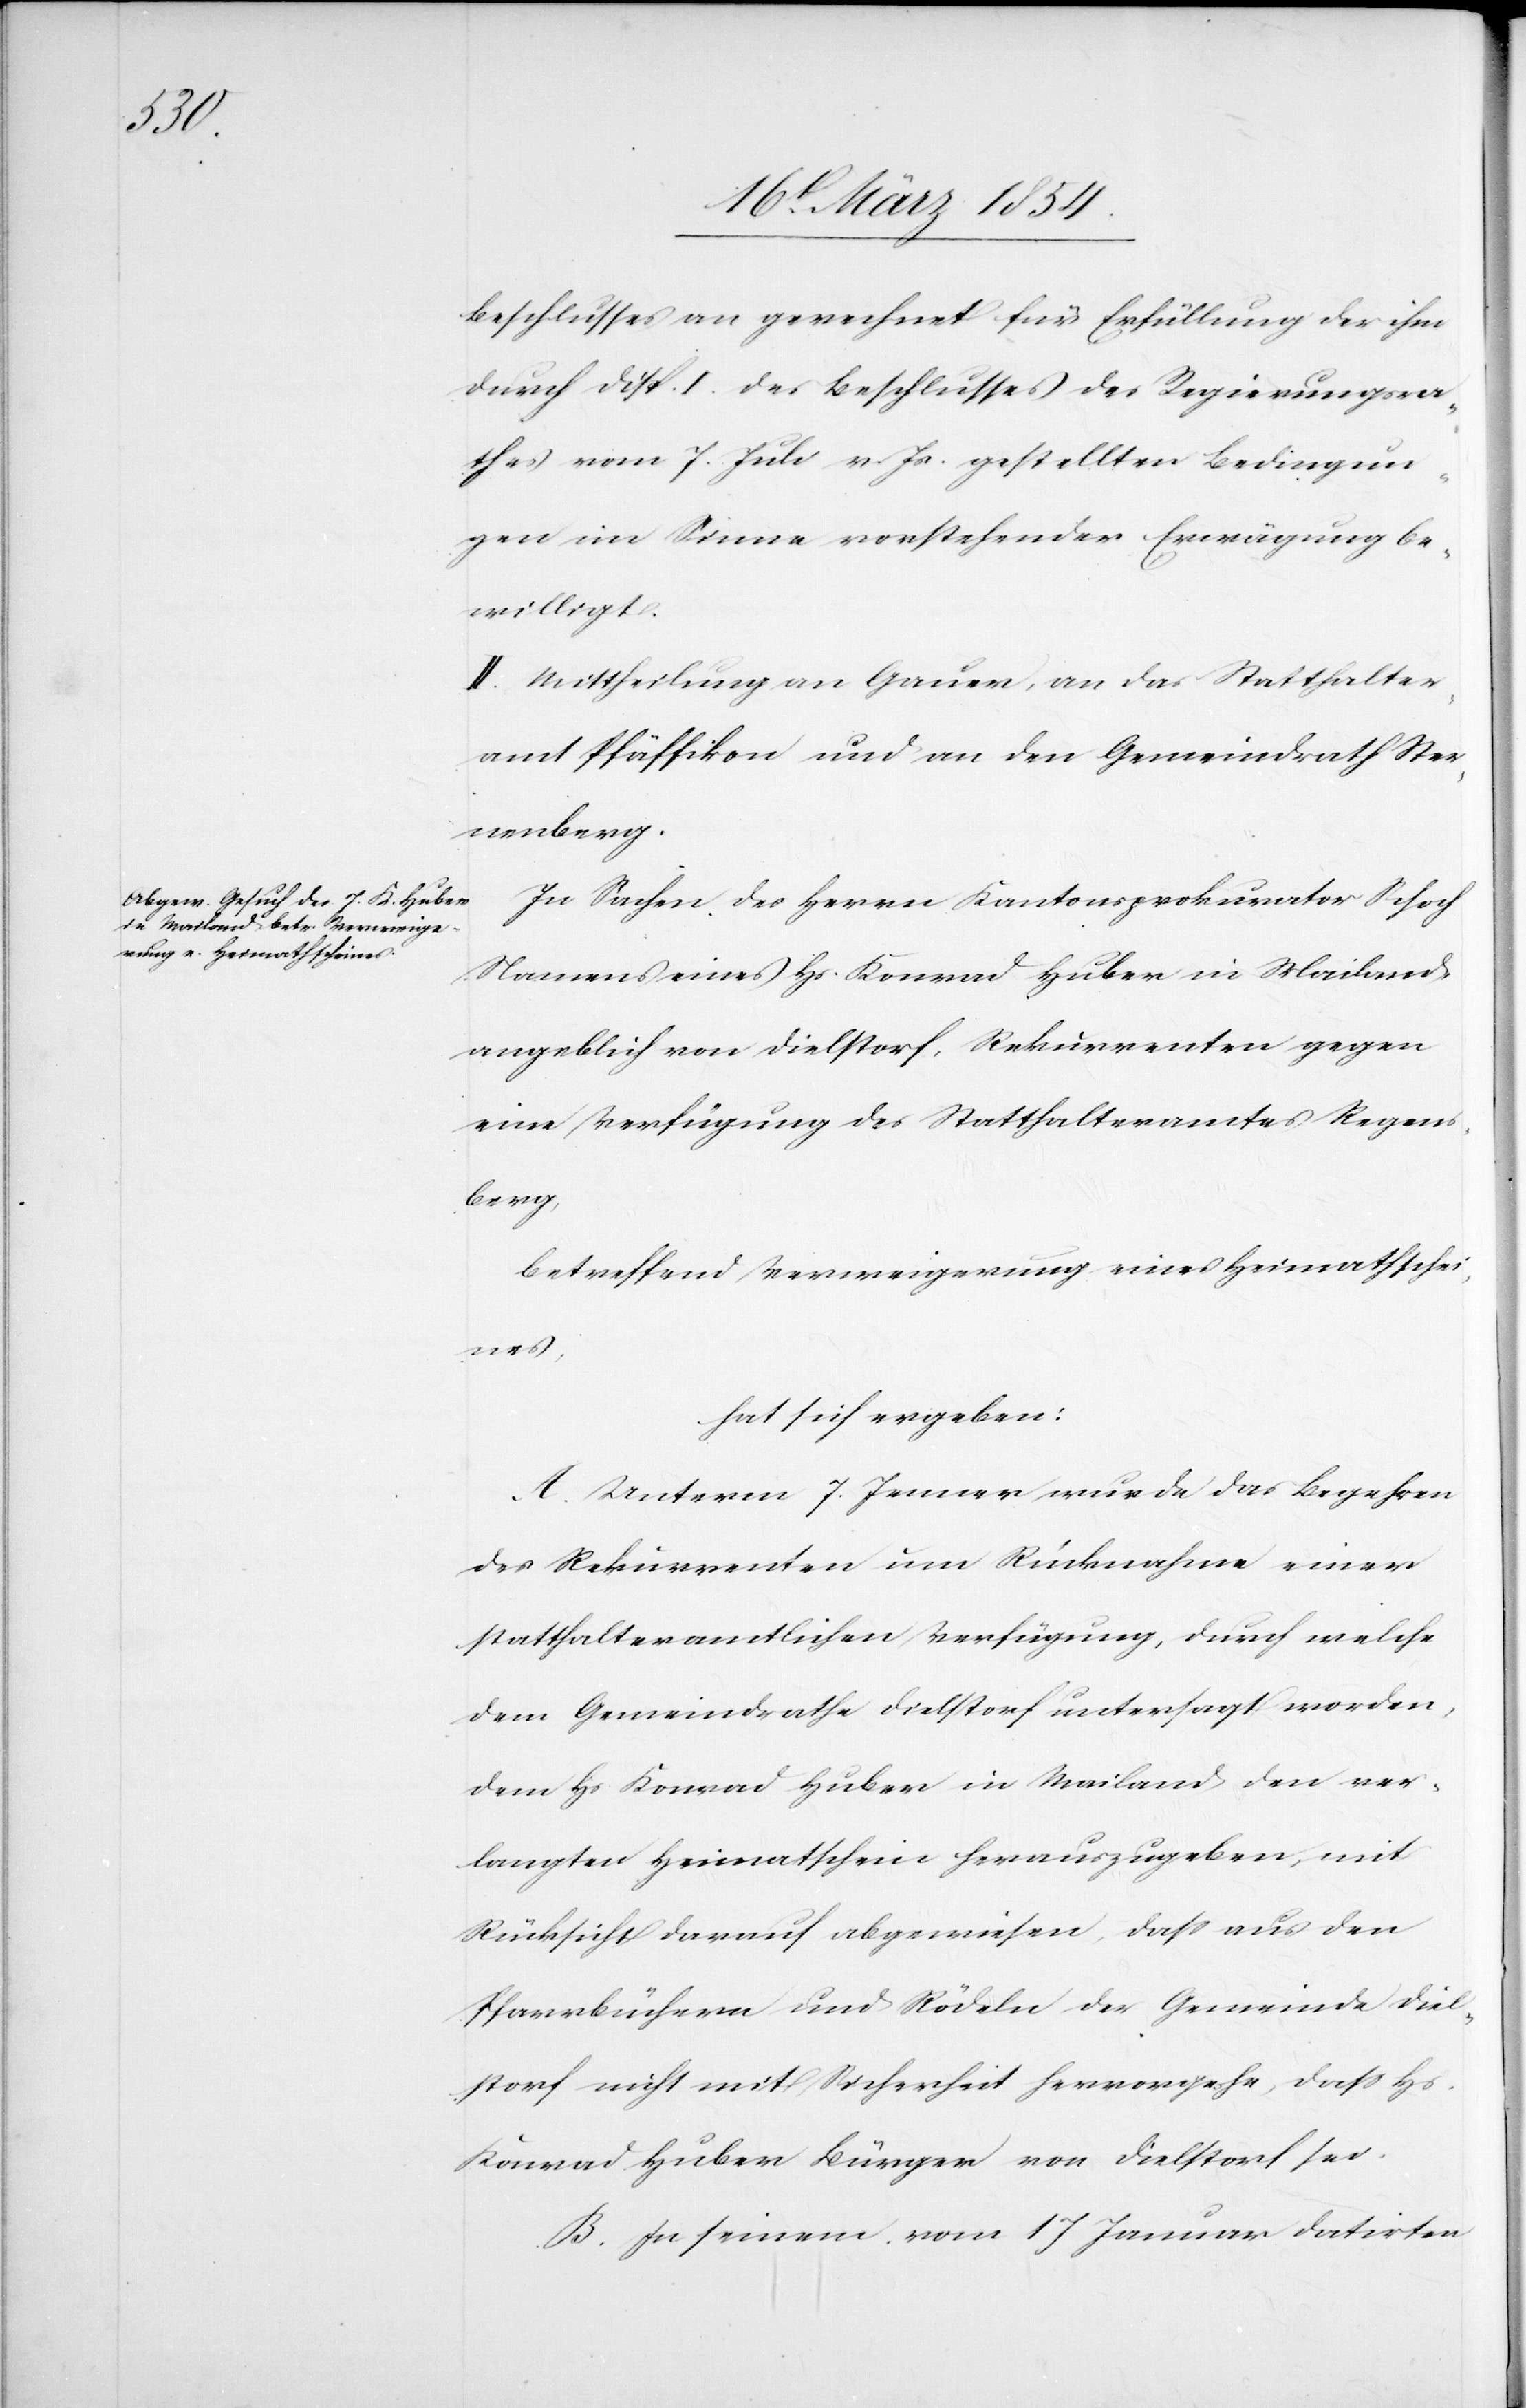
Beschlusses an gerechnet für Erfüllung der ihm
durch Disp. I. des Beschlusses des Regierungsra¬
thes vom 7. Juli v. Js. gestellten Bedingun¬
gen im Sinne vorstehender Erwägung be¬
willigt.
II. Mittheilung an Gauer, an das Statthalter¬
amt Pfäffikon und an den Gemeindrath Ster¬
nenberg.
In Sachen des Herrn Kantonsprokuraten Schoch
Namens eines Hs. Konrad Huber in Mailand
angeblich von Dielstorf, Rekurrenten gegen
eine Verfügung des Statthalteramtes Regens¬
berg,
betreffend Verweigerung eines Heimathschei¬
nes,
hat sich ergeben:
A. Unterm 7. Jenner wurde das Begehren
des Rekurrenten um Rücknahme einer
statthalteramtlichen Verfügung, durch welche
dem Gemeindrathe Dielstorf untersagt worden,
dem Hs. Konrad Huber in Mailand den ver¬
langten Heimatschein herauszugeben, mit
Rücksicht darauf abgewiesen, daß aus den
Pfarrbüchern und Rödeln der Gemeinde Diel¬
storf nicht mit Sicherheit hervorgehe, daß Hs.
Konrad Huber Bürger von Dielstorf sei.
B. In seinem vom 17 Januar datirten